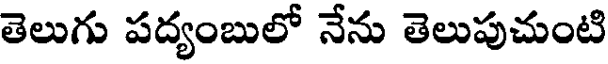
తెలుగు పద్యంబులో నేను తెలుపుచుంటి